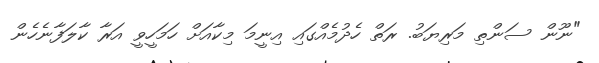
"ނޫން ސަންތި މަރިޔަބު. ރަތް ހެދުމެއްގައި އިނީމަ މިކާއަށް ހަމަހީވީ އަރާ ކާލަފާނެހެން